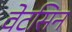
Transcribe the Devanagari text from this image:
वेटसिन